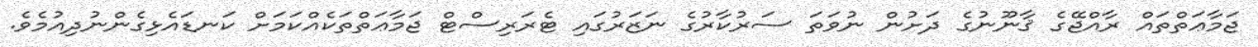
ޖަމާޢަތްތައް ރާއްޖޭގެ ޤާނޫނުގެ ދަށުން ނުވަތަ ސަރުކާރުގެ ނަޒަރުގައި ޓެރަރިސްޓް ޖަމާޢަތްތަކެއްކަމަށް ކަނޑައެޅިގެންނުދިއުމެވެ.